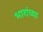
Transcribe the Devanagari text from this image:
भारांच्या